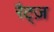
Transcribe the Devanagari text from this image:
रैट्ज़